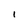
Character: l